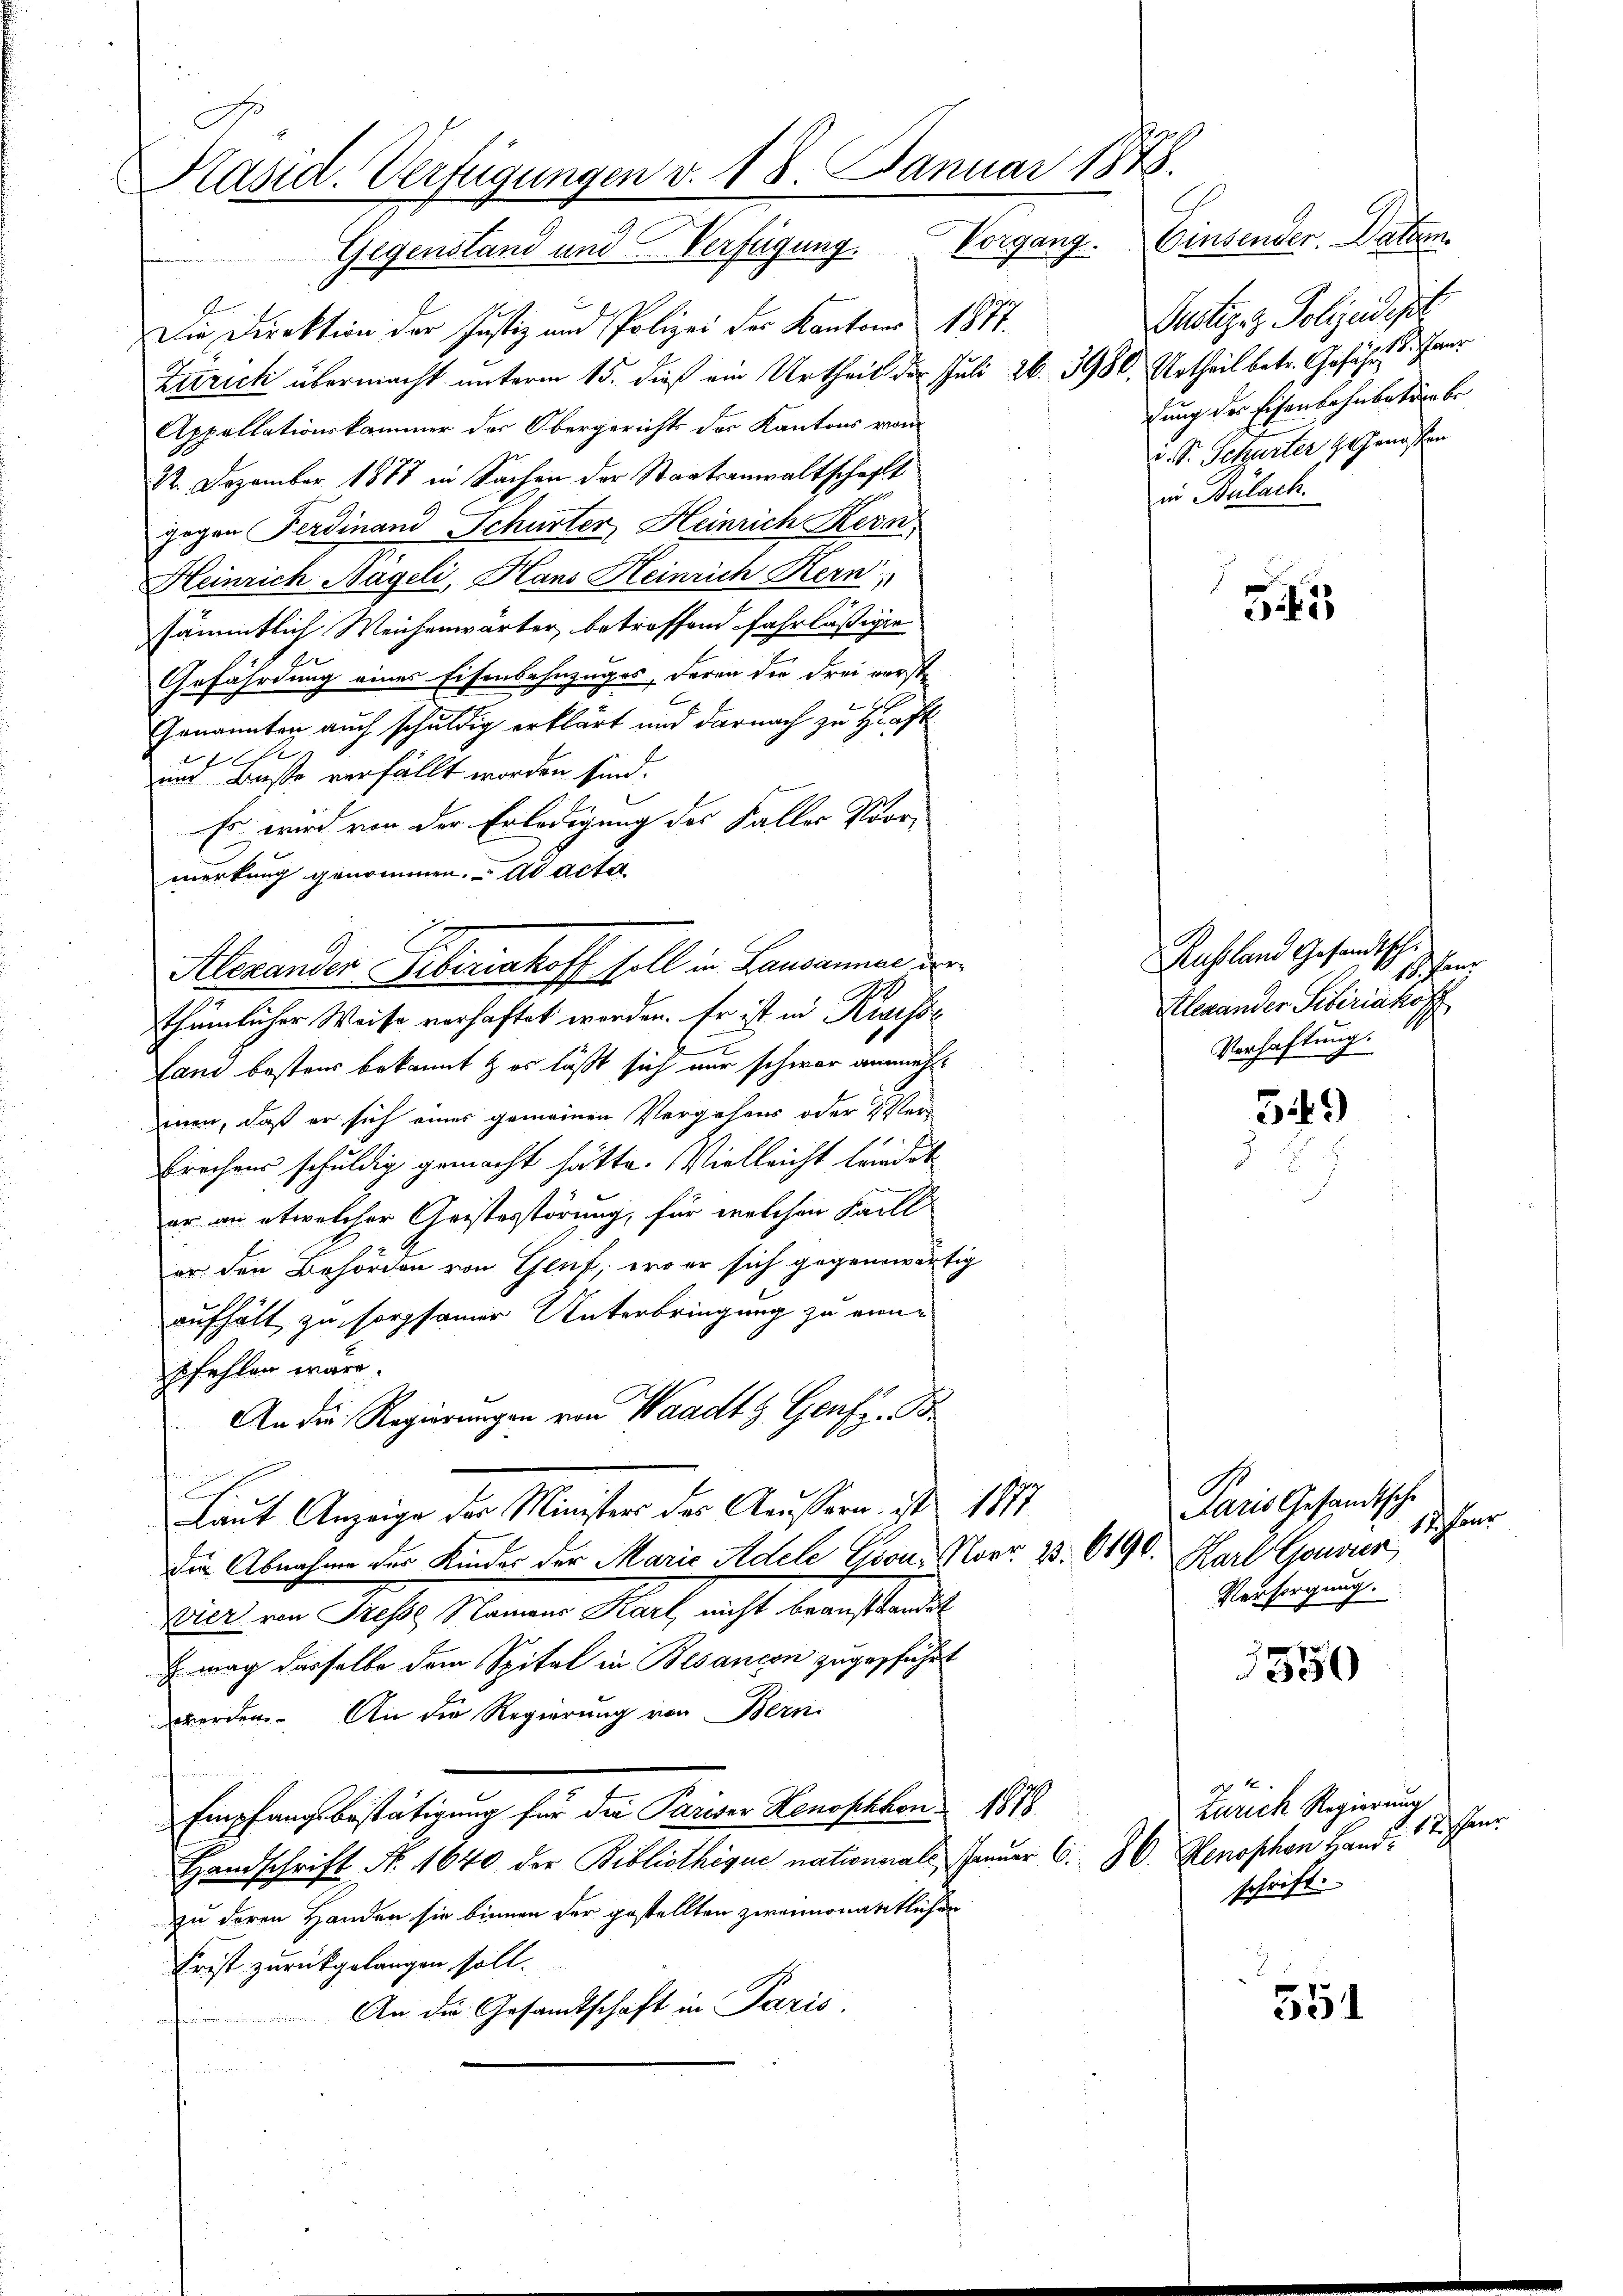
Päsid. Verfügungen v. 18. Januar 1878.
Gegenstand und Verfügung. Vorgang. Einsender. Datum

Die Direktion der Justiz und Polizei der Kantons 1877.
Zuricti übermacht unterm 15. dieß ein Urtheil der Juli 26. 3980. Urtheil betr. Gefähr 18. Januar
Appellationskammer der Obergerichts des Kantons vom
22. Dezember 1878 in Sachen der Staatsanwaltschaft
gegen Ferdinand Schurter, Heinrich Reva
Heinrich Nägeli, Hans Heinrich Bern,
sämmtlich Weichenwärter, betroffend fahrlässigen
Gefährdung eines Eisenbahnzuges, deren die Frei vorste
Lewen
Genannten auch schuldig erklärt und darnach zu Haft
i
un Busse verfällt worden sind.
Es wird von der Erledigung des Faller Vormerkung genommen. ad acta
Alexander Tiberishoff soll in Lausanner der
thümlicher Weise verhaftet worden. Er ist in Kreisse
Land bestens bekannt & es läßt sich nur schwer anneh
men, daß er sich eines gemeinen Vergehens oder Ver-
brechens schuldig gemacht hätte. Vielleicht trindet
er an etwelcher Geisterstörung, für welchen Fall
er den Behörden von Gent, wo er sich gegenwärtig
aufhält zu sorgsamer Unterbringung zu eine
pfehlen wäre.
An die Regierungen von Waadt & Genf z. B.
Laut Anzeige der Ministers des Aeussern ist 1873.
die Abnahme der Kinder der Marie Adele Gion. Norr. 33. 6190.
Vier von Presse Sammer Karl, nicht beanstandet
 mag dasselbe dem Spital in Besancen zugeführt
werden. An die Regierung von Bern
Empfangsbestätigung für die Pariser Henophhon 1878
Handschrift Nr. 1640 der Bibliotheque nationale Januar C. H. Henophan Handzu deren Handen sie binnen der gestellten zweimonatlichen
Frist zurückgelangen soll.
An die Gesandtschaft in Paris.
.

Justiz & Polizeidigt
dung der Eisenbahnbetriebe
i. S. Schurter Genossen
in Bülach.

5

Russland Gesandtschi
18haur
Alexander Sibiriakoff
Verhaftung.

549)

Paris Gesandtsche
12 nr
. Karl Gouver
Versorgung.

550

Zürich Regierung
12 shen
schrift.

551